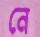
নে